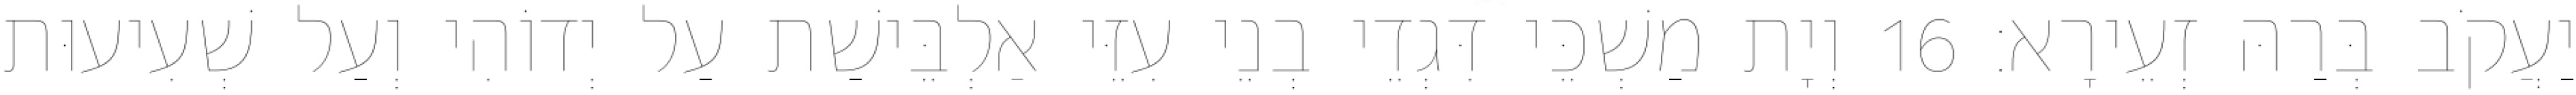
יַעֲקֹב בְּרַהּ זְעֵירָא׃ 16 וְיָת מַשְׁכֵּי דִּגְדֵי בְנֵי עִזֵּי אַלְבֵּישַׁת עַל יְדוֹהִי וְעַל שְׁעִיעוּת